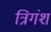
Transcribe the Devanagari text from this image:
त्रिगंश